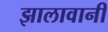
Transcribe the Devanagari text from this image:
झालावानी